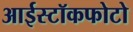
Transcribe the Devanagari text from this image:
आईस्टॉकफोटो